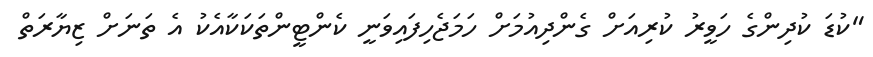
"ކުޑަ ކުދިންގެ ހަވީރު ކުރިއަށް ގެންދިއުމަށް ހަމަޖެހިފައިވަނީ ކެންޓީންތަކަކާއެކު އެ ތަނަށް ޒިޔާރަތް